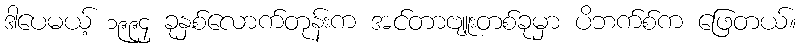
ဒါပေမယ့် ၁၉၉၄ ခုနှစ်လောက်တုန်းက အင်တာဗျူးတစ်ခုမှာ ပိဘက်စ်က ဖြေတယ်။